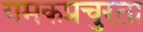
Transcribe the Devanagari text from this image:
यमकप्रचुरता